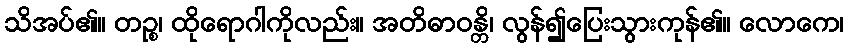
သိအပ်၏။ တဉ္စ၊ ထိုရောဂါကိုလည်း။ အတိဓာဝန္တိ၊ လွန်၍ပြေးသွားကုန်၏။ လောကေ၊